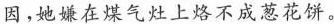
因,她嫌在煤气灶上烙不成葱花饼。